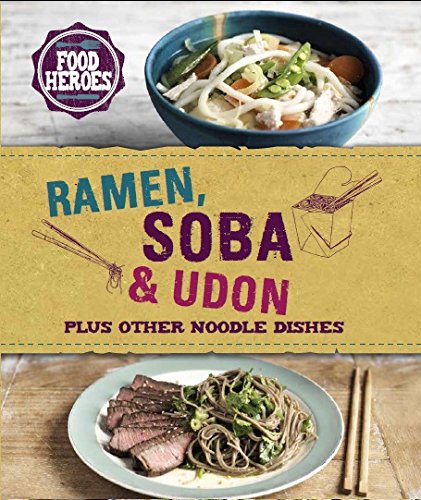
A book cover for Ramen, Soba, Udon (Food Heroes); Parragon Books; Cookbooks, Food & Wine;